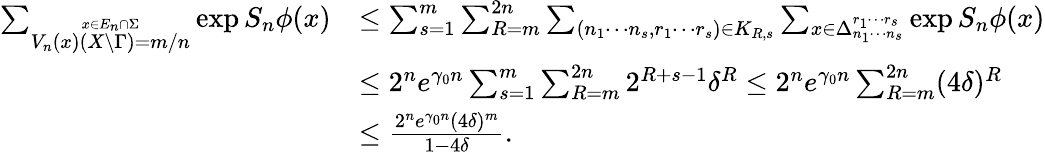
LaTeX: \begin{array}{rl}{\sum_{\stackrel{x\in E_{n}\cap\Sigma}{V_{n}(x)(X\setminus\Gamma)=m/n}}\exp S_{n}\phi(x)}&{\leq\sum_{s=1}^{m}\sum_{R=m}^{2n}\sum_{(n_{1}\cdots n_{s},r_{1}\cdots r_{s})\in K_{R,s}}\sum_{x\in\Delta_{n_{1}\cdots n_{s}}^{r_{1}\cdots r_{s}}}\exp S_{n}\phi(x)}\\ &{\leq 2^{n}e^{\gamma_{0}n}\sum_{s=1}^{m}\sum_{R=m}^{2n}2^{R+s-1}\delta^{R}\leq 2^{n}e^{\gamma_{0}n}\sum_{R=m}^{2n}(4\delta)^{R}}\\ &{\leq\frac{2^{n}e^{\gamma_{0}n}(4\delta)^{m}}{1-4\delta}.}\end{array}